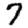
Digit: 7